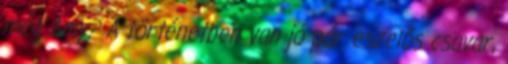
még Amy? A történetben van jó pár eszelős csavar,